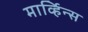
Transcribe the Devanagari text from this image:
मार्व्हिन्स